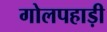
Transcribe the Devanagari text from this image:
गोलपहाड़ी